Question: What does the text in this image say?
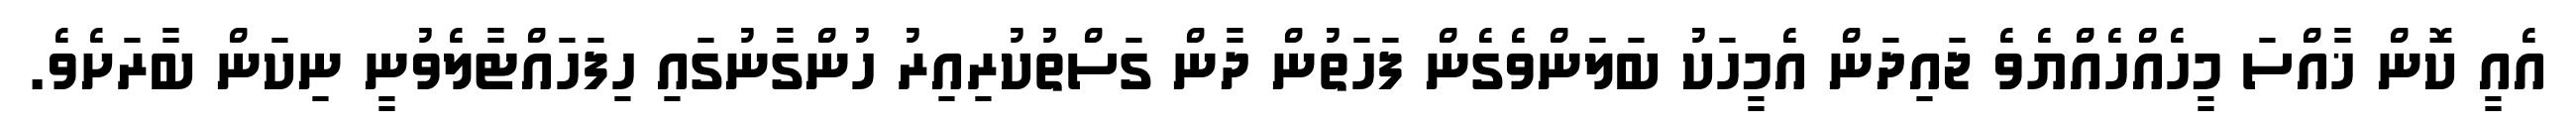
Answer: އެއީ ކޮން ޚާއްސަ މީހެއްހެއްޔެވެ ޖައިދަން އެމީހަކު ބަލަންވެގެން ފަހަތުން ދާން ގަސްތުކުރިއިރު ހުންގާނުގައި ހިފަހައްޓާލެވުނީ ނިކަން ބާރަށެވެ.